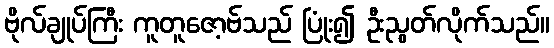
ဗိုလ်ချုပ်ကြီး ကူတူဇော့ဗ်သည် ပြုံး၍ ဦးညွတ်လိုက်သည်။